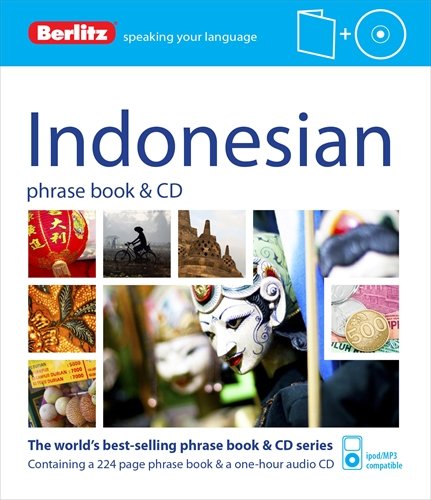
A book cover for Berlitz Indonesian Phrase Book & CD; Berlitz Publishing; Travel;